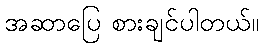
အဆာပြေ စားချင်ပါတယ်။